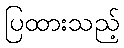
ပြထားသည့်